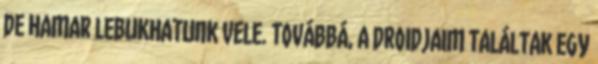
DE HAMAR LEBUKHATUNK VELE. TOVÁBBÁ, A DROIDJAIM TALÁLTAK EGY